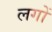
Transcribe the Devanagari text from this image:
लगों